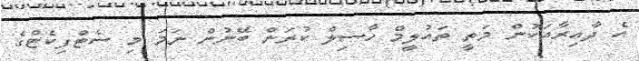
އެ ދާއިރާއަކުން މަތީ ތައުލީމް ހާސިލް ކުރަން ބޭނުން ނަމަ މި ސެޓްފިކެޓްގެ